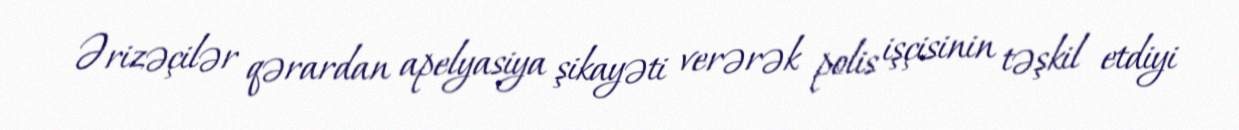
Ərizəçilər qərardan apelyasiya şikayəti verərək polis işçisinin təşkil etdiyi